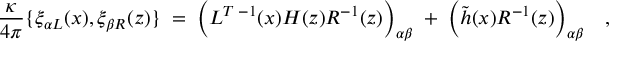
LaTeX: { \frac { \kappa } { 4 \pi } } \{ \xi _ { \alpha L } ( x ) , \xi _ { \beta R } ( z ) \} \; = \; \Bigl ( L ^ { T \; - 1 } ( x ) H ( z ) R ^ { - 1 } ( z ) \Bigr ) _ { \alpha \beta } \; + \; \Bigl ( \tilde { h } ( x ) R ^ { - 1 } ( z ) \Bigr ) _ { \alpha \beta } \quad ,